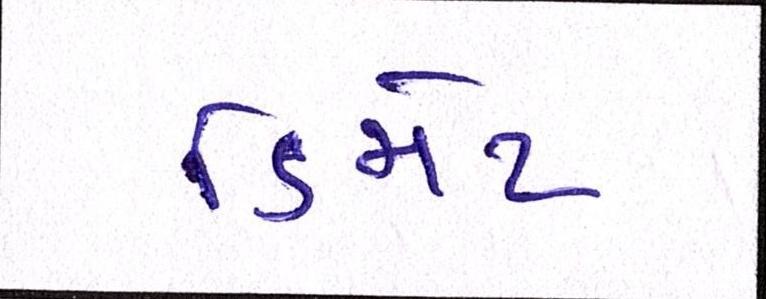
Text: ડિમેટ